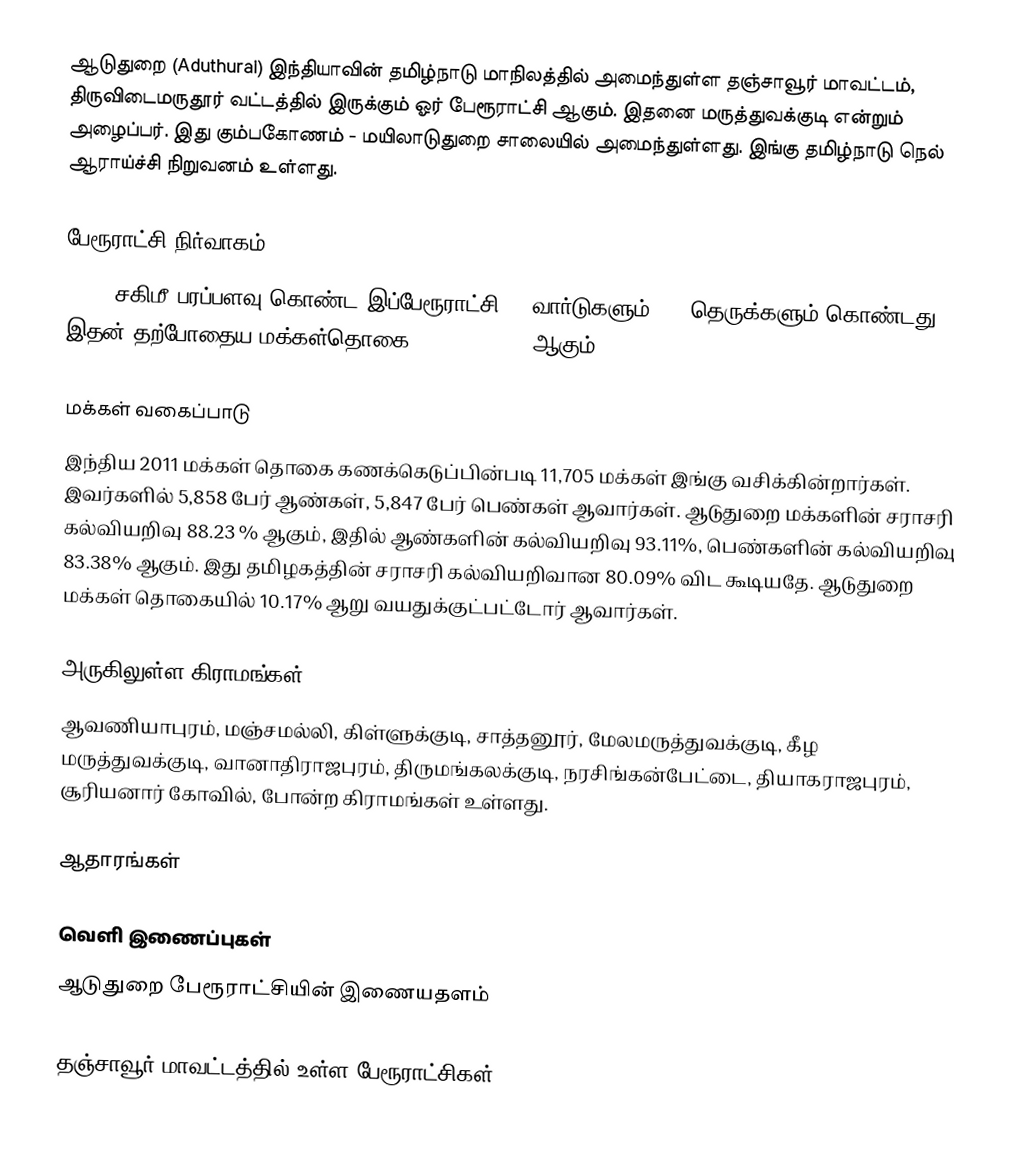
ஆடுதுறை (Aduthurai) இந்தியாவின் தமிழ்நாடு மாநிலத்தில் அமைந்துள்ள தஞ்சாவூர் மாவட்டம், திருவிடைமருதூர் வட்டத்தில்  இருக்கும் ஓர் பேரூராட்சி ஆகும். இதனை மருத்துவக்குடி என்றும் அழைப்பர். இது கும்பகோணம் - மயிலாடுதுறை சாலையில் அமைந்துள்ளது. இங்கு தமிழ்நாடு நெல் ஆராய்ச்சி நிறுவனம் உள்ளது.

பேரூராட்சி நிர்வாகம்
16.81 சகிமீ பரப்பளவு கொண்ட இப்பேரூராட்சி 15 வார்டுகளும், 80 தெருக்களும் கொண்டது. இதன்  தற்போதைய மக்கள்தொகை 14,750 (2017) ஆகும்.

மக்கள் வகைப்பாடு
இந்திய 2011 மக்கள் தொகை கணக்கெடுப்பின்படி 11,705  மக்கள் இங்கு வசிக்கின்றார்கள். இவர்களில் 5,858  பேர் ஆண்கள், 5,847 பேர் பெண்கள் ஆவார்கள். ஆடுதுறை மக்களின் சராசரி கல்வியறிவு 88.23 % ஆகும், இதில் ஆண்களின் கல்வியறிவு 93.11%, பெண்களின் கல்வியறிவு 83.38% ஆகும். இது தமிழகத்தின் சராசரி கல்வியறிவான 80.09% விட கூடியதே. ஆடுதுறை மக்கள் தொகையில் 10.17%  ஆறு வயதுக்குட்பட்டோர் ஆவார்கள்.

அருகிலுள்ள கிராமங்கள்
ஆவணியாபுரம், மஞ்சமல்லி, கிள்ளுக்குடி, சாத்தனூர், மேலமருத்துவக்குடி, கீழ மருத்துவக்குடி, வானாதிராஜபுரம், திருமங்கலக்குடி, நரசிங்கன்பேட்டை, தியாகராஜபுரம், சூரியனார் கோவில், போன்ற கிராமங்கள் உள்ளது.

ஆதாரங்கள்

வெளி இணைப்புகள்
 ஆடுதுறை பேரூராட்சியின் இணையதளம்

தஞ்சாவூர் மாவட்டத்தில் உள்ள பேரூராட்சிகள்